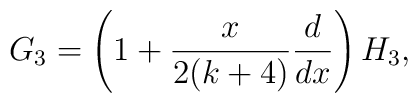
G_{3}=\left(1+{x\over 2(k+4)}{d\over dx}\right)H_{3},